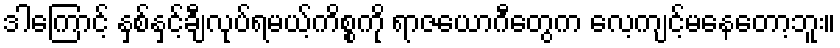
ဒါကြောင့် နှစ်နှင့်ချီလုပ်ရမယ့်ကိစ္စကို ရာဇယောဂီတွေက လေ့ကျင့်မနေတော့ဘူး။